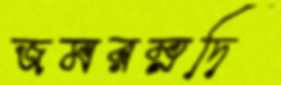
জমরম্নদি